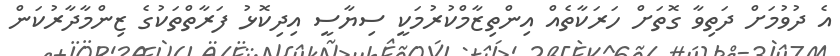
އެ ދުވުމަށް ދަތިވާ ގޮތަށް ހަރަކާތެއް އިންތިޒާމްކުރުމަކީ ސިޔާސީ އިދިކޮޅު ފަރާތްތަކުގެ ޒިންމާދާރުކަން